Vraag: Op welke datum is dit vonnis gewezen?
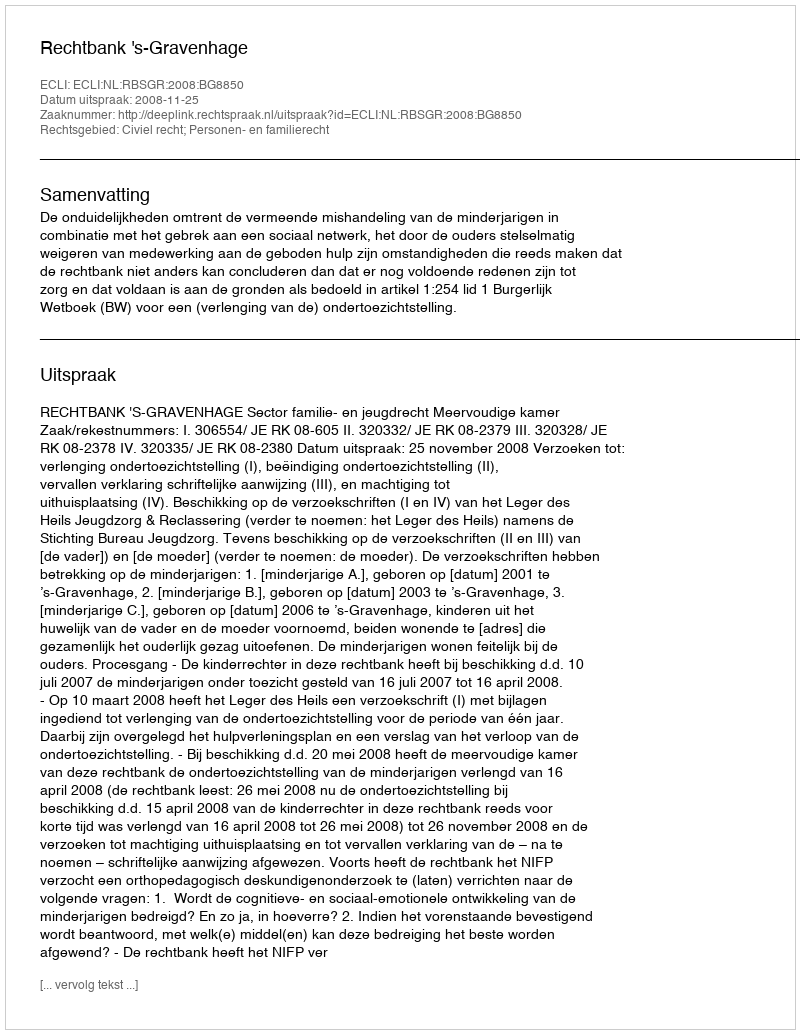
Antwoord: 2008-11-25